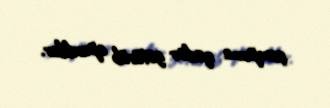
şampuna qədər götürüb apardılar.